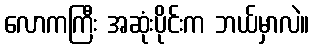
လောကကြီး အဆုံးပိုင်းက ဘယ်မှာလဲ။